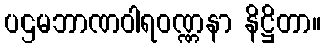
ပဌမဘာဏဝါရဝဏ္ဏနာ နိဋ္ဌိတာ။